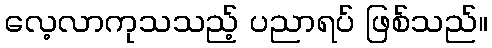
လေ့လာကုသသည့် ပညာရပ် ဖြစ်သည်။